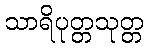
သာရိပုတ္တသုတ္တ